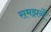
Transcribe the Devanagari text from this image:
समझनें